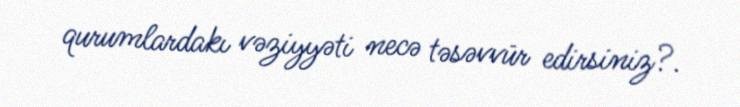
qurumlardakı vəziyyəti necə təsəvvür edirsiniz?.